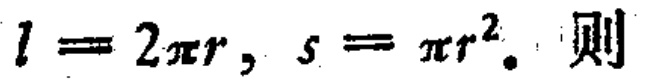
$l = 2\pi r, s = \pi r^{2}。则$